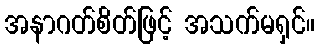
အနာဂတ်စိတ်ဖြင့် အသက်မရှင်။